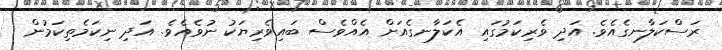
ރަސްކަލާނގެއެވެ. އަދި ވެރިކަމުގައި އެކަލާނގެއަށް އެއްވެސް ބައިވެރިޔަކު ނުވެއެވެ. އަދި ނިކަމެތިކަމުން